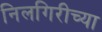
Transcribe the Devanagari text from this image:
निलगिरीच्या